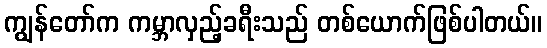
ကျွန်တော်က ကမ္ဘာလှည့်ခရီးသည် တစ်ယောက်ဖြစ်ပါတယ်။